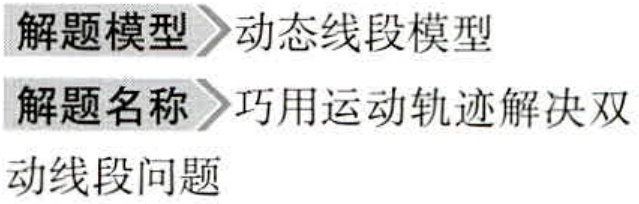
解题模型 动态线段模型
解题名称 巧用运动轨迹解决双
动线段问题